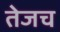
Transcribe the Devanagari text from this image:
तेजच